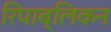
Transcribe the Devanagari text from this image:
रिपाब्लिकन